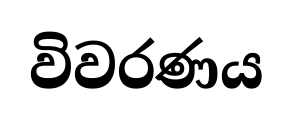
විවරණය